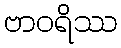
ဗာဝရိဿ